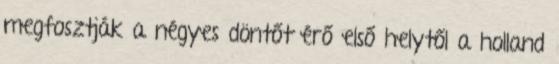
megfosztják a négyes döntőt érő első helytől a holland